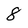
Character: 8